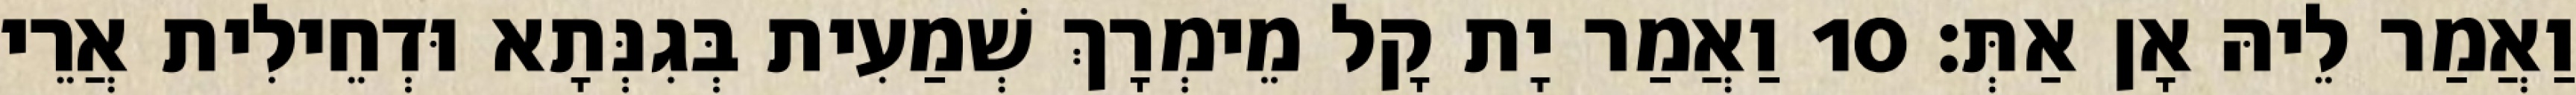
וַאֲמַר לֵיהּ אָן אַתְּ׃ 10 וַאֲמַר יָת קָל מֵימְרָךְ שְׁמַעִית בְּגִנְּתָא וּדְחֵילִית אֲרֵי